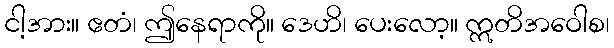
ငါ့အား။ ဧတံ၊ ဤနေရာကို။ ဒေဟိ၊ ပေးလော့။ ဣတိအဝေါစ၊